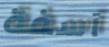
آسفة